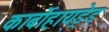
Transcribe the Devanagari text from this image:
कार्बोहायड्रेड